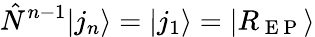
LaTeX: \hat{N}^{n-1}|j_{n}\rangle=|j_{1}\rangle=|R_{\mathrm{~E~P~}}\rangle